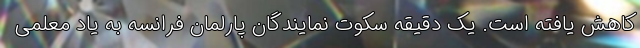
کاهش یافته است. یک دقیقه سکوت نمایندگان پارلمان فرانسه به یاد معلمی